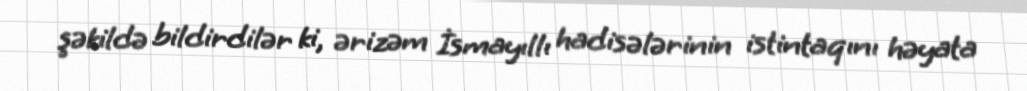
şəkildə bildirdilər ki, ərizəm İsmayıllı hadisələrinin istintaqını həyata